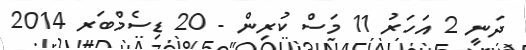
ދަނީ 2 އަހަރު 11 މަސް ކުރިން - 20 ޑިސެމްބަރ 2014